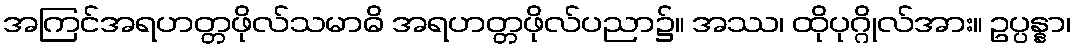
အကြင်အရဟတ္တဖိုလ်သမာဓိ အရဟတ္တဖိုလ်ပညာ၌။ အဿ၊ ထိုပုဂ္ဂိုလ်အား။ ဥပ္ပန္နာ၊